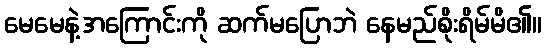
မေမေနဲ့အကြောင်းကို ဆက်မပြောဘဲ နေမည်စိုးရိမ်မိ၏။